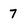
Character: 7